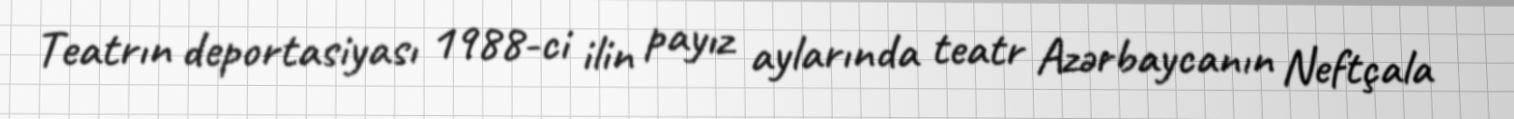
Teatrın deportasiyası 1988-ci ilin payız aylarında teatr Azərbaycanın Neftçala